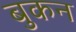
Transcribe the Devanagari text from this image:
बुकन